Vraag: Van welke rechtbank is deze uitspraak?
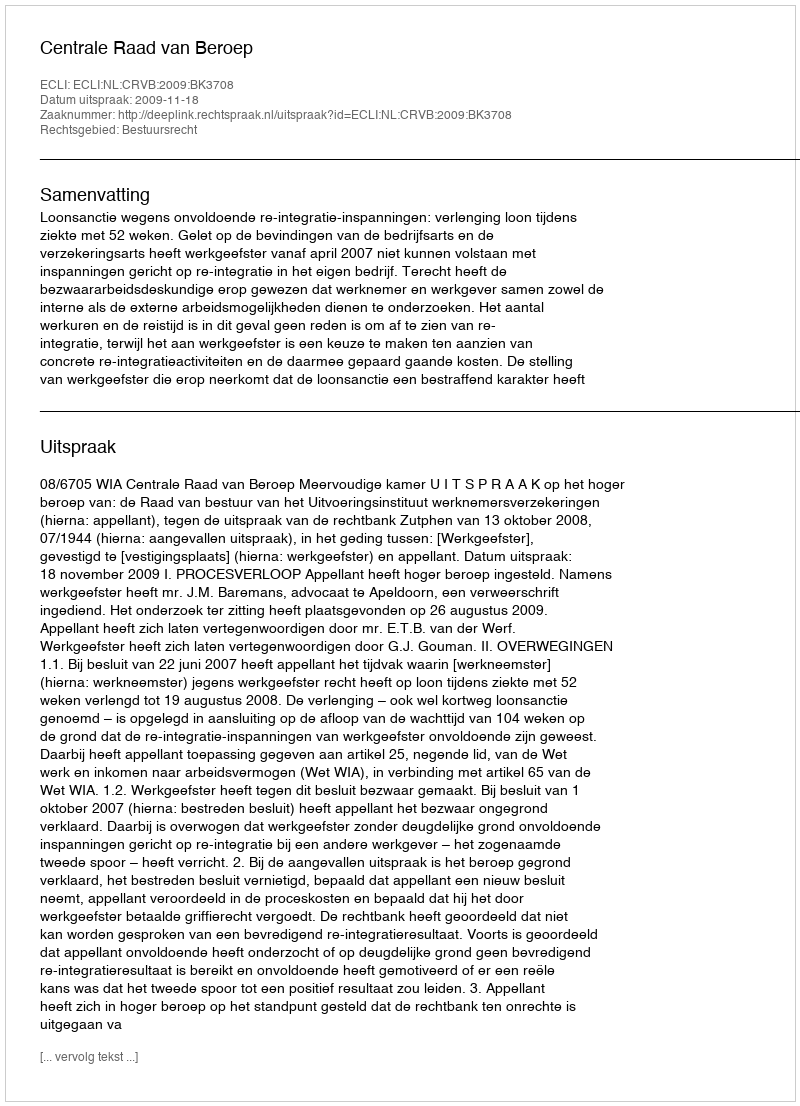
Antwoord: Centrale Raad van Beroep